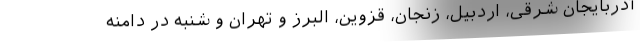
آذربایجان شرقی، اردبیل، زنجان، قزوین، البرز و تهران و شنبه در دامنه